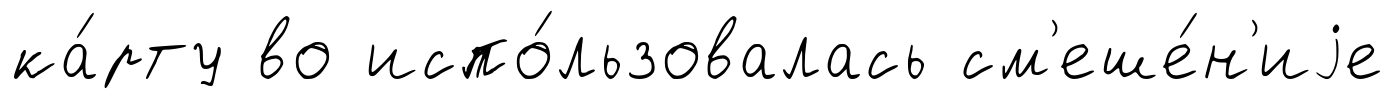
ка́рту во испо́льзовалась см'еше́н'иjе